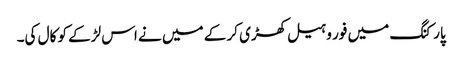
پارکنگ میں فور وہیل کھڑی کر کے میں نے اس لڑکے کو کال کی۔